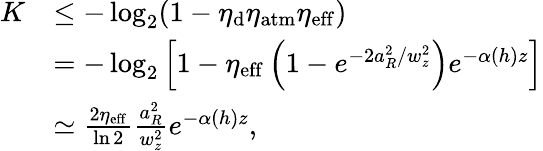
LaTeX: \begin{array}{rl}{K}&{\leq-\log_{2}(1-\eta_{\mathrm{d}}\eta_{\mathrm{atm}}\eta_{\mathrm{eff}})}\\ &{=-\log_{2}\left[1-\eta_{\mathrm{eff}}\left(1-e^{-2a_{R}^{2}/w_{z}^{2}}\right)e^{-\alpha(h)z}\right]}\\ &{\simeq\frac{2\eta_{\mathrm{eff}}}{\ln 2}\frac{a_{R}^{2}}{w_{z}^{2}}e^{-\alpha(h)z},}\end{array}